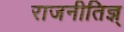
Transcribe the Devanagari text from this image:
राजनीतिज्ञ्